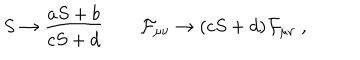
LaTeX: S \to { \frac { a S + b } { c S + d } } \qquad { \cal F } _ { \mu \nu } \to ( c S + d ) { \cal F } _ { \mu \nu } \ ,